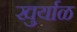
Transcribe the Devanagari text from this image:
खुर्याळ